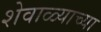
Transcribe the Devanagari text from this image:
शेवाळ्याच्या